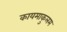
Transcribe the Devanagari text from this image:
कायमाकुलम